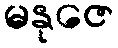
မနုဇေ